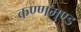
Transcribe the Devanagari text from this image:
कण्णमुण्ड